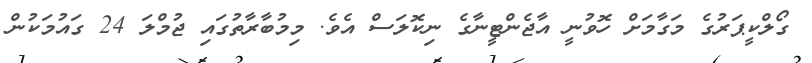
ގޯލްކީޕަރުގެ މަގާމަށް ހޮވުނީ އާޖެންޓީނާގެ ނިކޮލަސް އެވެ. މިމުބާރާތުގައި ޖުމްލަ 24 ގައުމަކުން